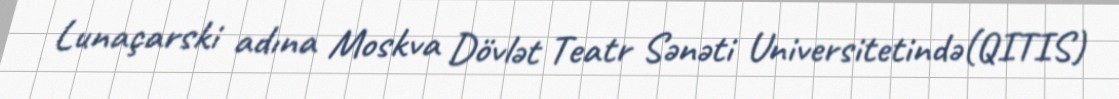
Lunaçarski adına Moskva Dövlət Teatr Sənəti Universitetində(QITIS)